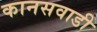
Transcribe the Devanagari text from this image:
कानसवाडी